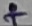
Text: +